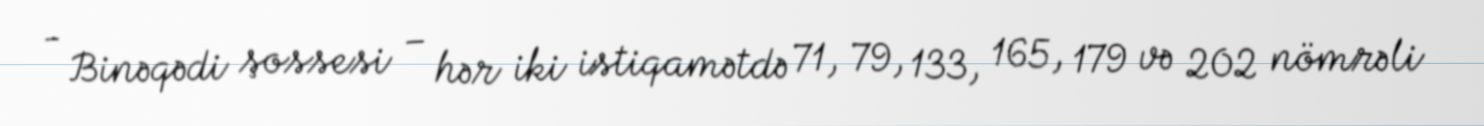
- Binəqədi şossesi – hər iki istiqamətdə 71, 79, 133, 165, 179 və 202 nömrəli